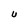
Character: U